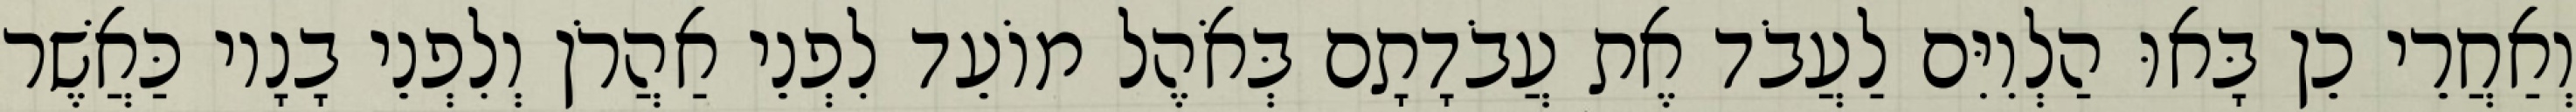
וְאַחֲרֵי כֵן בָּאוּ הַלְוִיִּם לַעֲבֹד אֶת עֲבֹדָתָם בְּאֹהֶל מוֹעֵד לִפְנֵי אַהֲרֹן וְלִפְנֵי בָנָיו כַּאֲשֶׁר